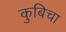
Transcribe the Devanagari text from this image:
कुबिचा